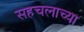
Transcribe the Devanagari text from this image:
सहचलाच्या